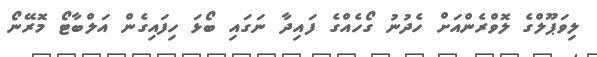
ލިވަޕޫލްގެ ލޮވްރެންއަށް ހެދުނު ގޯހެއްގެ ފައިދާ ނަގައި ބޯޅަ ހިފައިގެން އަލްބާޓޯ މޮރޭނޯ